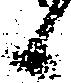
候